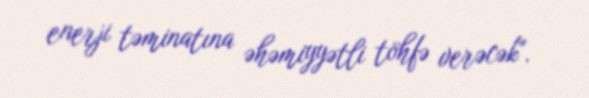
enerji təminatına əhəmiyyətli töhfə verəcək".